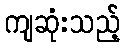
ကျဆုံးသည့်